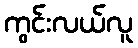
ကွင်းလယ်လူ